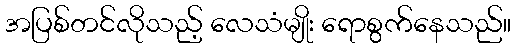
အပြစ်တင်လိုသည့် လေသံမျိုး ရောစွက်နေသည်။